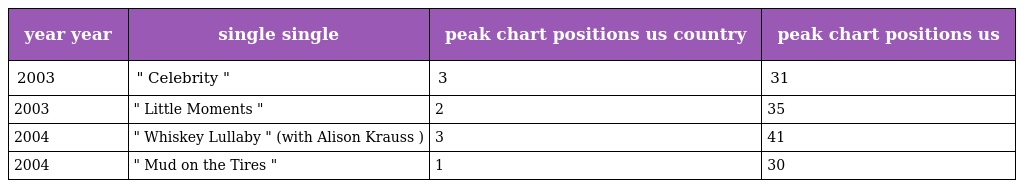
| year year | single single | peak chart positions us country | peak chart positions us |
 | --- | --- | --- | --- |
 | 2003 | " Celebrity " | 3 | 31 |
 | 2003 | " Little Moments " | 2 | 35 |
 | 2004 | " Whiskey Lullaby " (with Alison Krauss ) | 3 | 41 |
 | 2004 | " Mud on the Tires " | 1 | 30 |